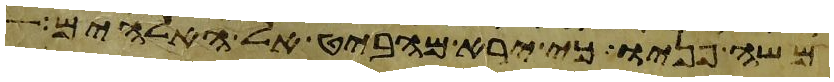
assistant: משה פניו כי ירא מהביט אל האלהים